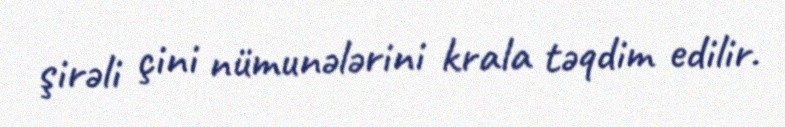
şirəli çini nümunələrini krala təqdim edilir.